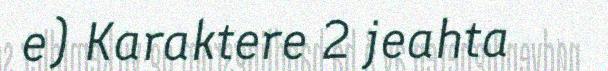
e) Karaktere 2 jeahta